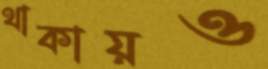
থাকায়ও